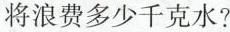
将浪费多少千克水?